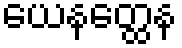
ယေနတ္ထေန